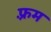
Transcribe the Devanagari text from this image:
फ़्रम